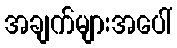
အချက်များအပေါ်